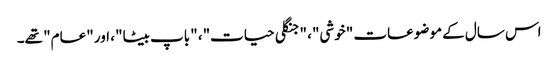
اس سال کے موضوعات "خوشی"، "جنگلی حیات"، "باپ بیٹا"، اور "عام" تھے۔